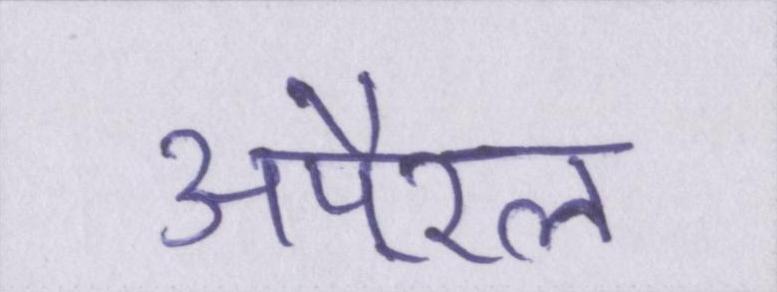
अपै्रल